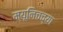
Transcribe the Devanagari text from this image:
म्यूनिचच्या